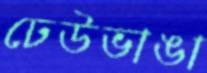
ঢেউভাঙা